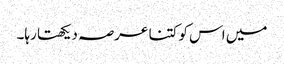
میں اس کو کتنا عرصہ دیکھتا رہا۔